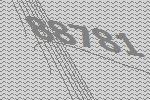
88781